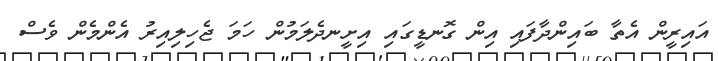
އައިރީން އެތާ ބައިންދާފައި އިން ގޮނޑީގައި އިށީނދެލަމުން ހަމަ ޖެހިލިއިރު އެންމެން ވެސް